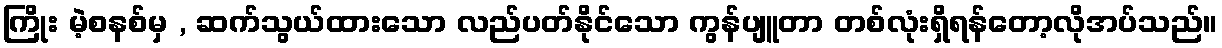
ကြိုး မဲ့စနစ်မှ , ဆက်သွယ်ထားသော လည်ပတ်နိုင်သော ကွန်ပျူတာ တစ်လုံးရှိရန်တော့လိုအပ်သည်။